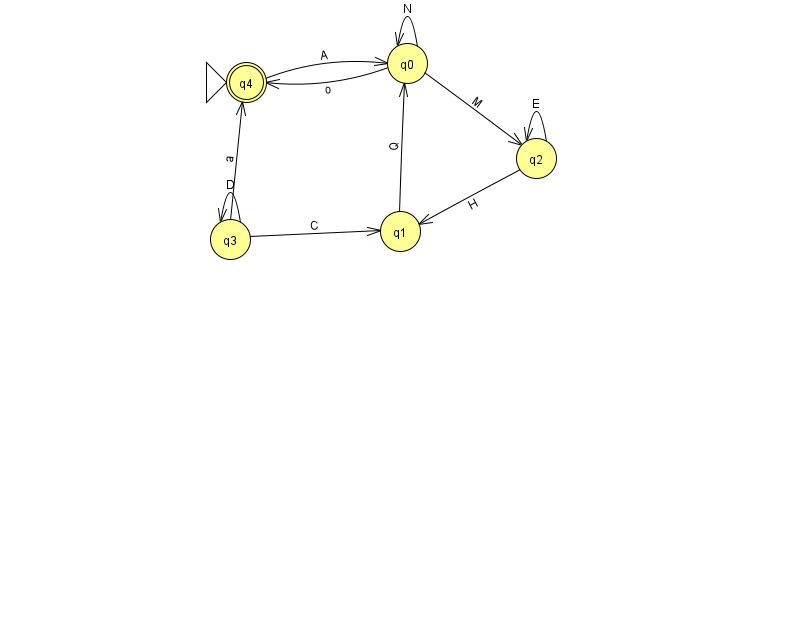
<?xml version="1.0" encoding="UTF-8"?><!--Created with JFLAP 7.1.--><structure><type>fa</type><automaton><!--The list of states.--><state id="0" name="q0"><x>407.0</x><y>50.0</y></state><state id="1" name="q1"><x>400.0</x><y>218.0</y></state><state id="2" name="q2"><x>536.0</x><y>145.0</y></state><state id="3" name="q3"><x>230.0</x><y>226.0</y></state><state id="4" name="q4"><x>246.0</x><y>69.0</y><initial/><final/></state><!--The list of transitions.--><transition><from>0</from><to>4</to><read>o</read></transition><transition><from>2</from><to>1</to><read>H</read></transition><transition><from>3</from><to>3</to><read>D</read></transition><transition><from>2</from><to>2</to><read>E</read></transition><transition><from>3</from><to>4</to><read>a</read></transition><transition><from>3</from><to>1</to><read>C</read></transition><transition><from>0</from><to>0</to><read>N</read></transition><transition><from>0</from><to>2</to><read>M</read></transition><transition><from>1</from><to>0</to><read>Q</read></transition><transition><from>4</from><to>0</to><read>A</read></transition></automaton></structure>